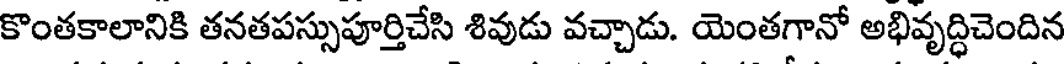
కొంతకాలానికి తనతపస్సుపూర్తిచేసి శివుడు వచ్చాడు. యెంతగానో అభివృద్ధిచెందిన